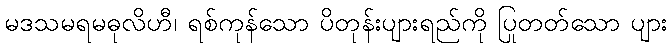
မဒသမရမဓုလိဟီ၊ ရစ်ကုန်သော ပိတုန်းပျားရည်ကို ပြုတတ်သော ပျား